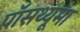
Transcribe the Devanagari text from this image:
पॉसथ्यूमा